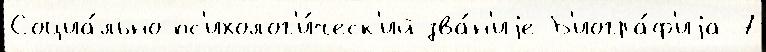
Социа́льно-пс'ихолог'и́ческ'ий зва́н'иjе Б'иогра́ф'иjа 7